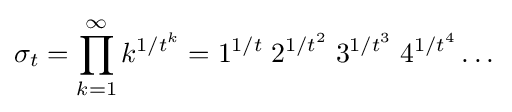
\sigma _{t}=\prod _{k=1}^{\infty }k^{1/t^{k}}=1^{1/t}\;2^{1/t^{2}}\;3^{1/t^{3}}\;4^{1/t^{4}}\dots